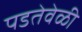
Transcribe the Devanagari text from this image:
पडतेवेळी